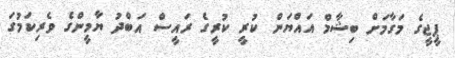
ޕީޖީގެ މަގާމަށް ބިޝާމް އައްޔަން ކުރީ ކުރީގެ ރައީސް އަބްދު ޔާމީންގެ ވެރިކަމުގަ